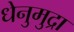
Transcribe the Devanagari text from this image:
धेनुमुद्रा